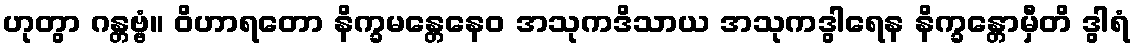
ဟုတွာ ဂန္တဗ္ဗံ။ ဝိဟာရတော နိက္ခမန္တေနေဝ အသုကဒိသာယ အသုကဒွါရေန နိက္ခန္တောမှီတိ ဒွါရံ